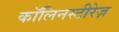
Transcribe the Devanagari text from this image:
कॉलिनस्टीरेज़